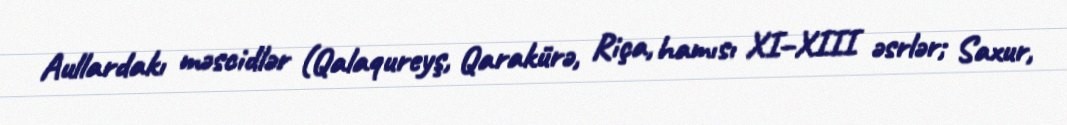
Aullardakı məscidlər (Qalaqureyş, Qarakürə, Riça, hamısı XI–XIII əsrlər; Saxur,